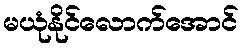
မယုံနိုင်လောက်အောင်